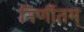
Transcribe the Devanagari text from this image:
निर्णीतम्